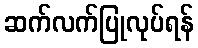
ဆက်လက်ပြုလုပ်ရန်